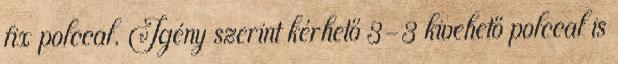
fix polccal. Igény szerint kérhető 3-3 kivehető polccal is